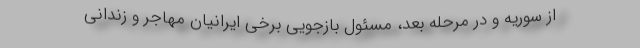
از سوریه و در مرحله بعد، مسئول بازجویی برخی ایرانیان مهاجر و زندانی